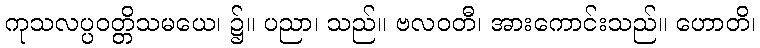
ကုသလပ္ပဝတ္တိသမယေ၊ ၌။ ပညာ၊ သည်။ ဗလဝတီ၊ အားကောင်းသည်။ ဟောတိ၊